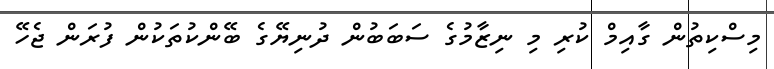
މިސްކިތުން ގާއިމް ކުރި މި ނިޒާމުގެ ސަބަބުން ދުނިޔޭގެ ބޭންކުތަކުން ފުރަން ޖެހޭ